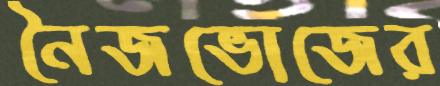
নৈজভোজের